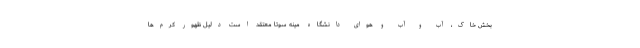
بخش خاک، آب و آب و هوای دانشگاه مینه سوتا معتقد است دلیل ظهور کرم‌ها